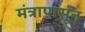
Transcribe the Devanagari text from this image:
मंत्रापासून